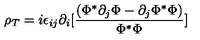
\rho _ { T } = i \epsilon _ { i j } \partial _ { i } [ { \frac { ( \Phi ^ { * } \partial _ { j } \Phi - \partial _ { j } \Phi ^ { * } \Phi ) } { \Phi ^ { * } \Phi } } ]